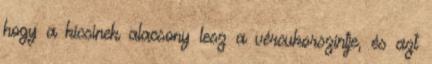
hogy a kicsinek alacsony lesz a vércukorszintje, és azt